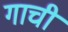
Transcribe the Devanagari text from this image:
गाची